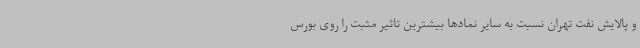
و پالایش نفت تهران نسبت به سایر نمادها بیشترین تاثیر مثبت را روی بورس